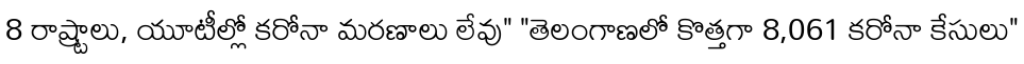
8 రాష్ర్టాలు, యూటీల్లో కరోనా మరణాలు లేవు" "తెలంగాణలో కొత్తగా 8,061 కరోనా కేసులు"